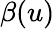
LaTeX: \beta(u)